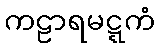
ကဠာရမဋ္ဋကံ